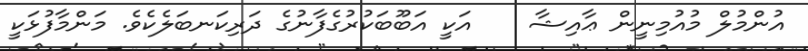
އުންމުލް މުއުމިނީން ޢާއިޝާ    އަކީ އަބޫބަކުރުގެފާނުގެ ދަރިކަނބަލެކެވެ. މަންމާފުޅަކީ